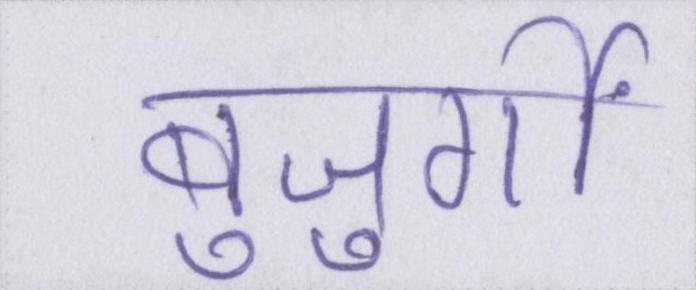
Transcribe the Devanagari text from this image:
बुजुर्गों